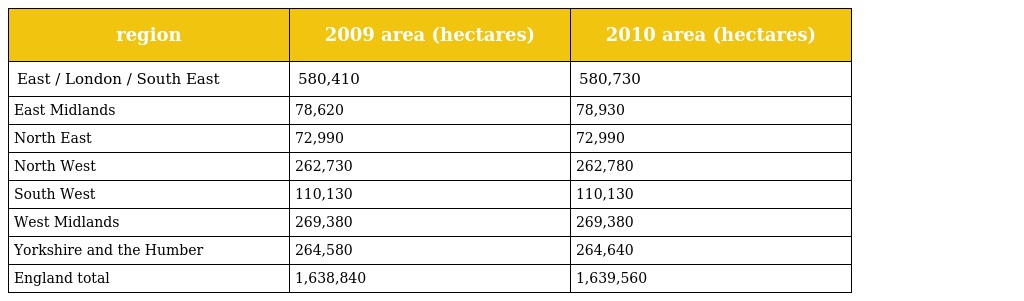
| region | 2009 area (hectares) | 2010 area (hectares) |
 | --- | --- | --- |
 | East / London / South East | 580,410 | 580,730 |
 | East Midlands | 78,620 | 78,930 |
 | North East | 72,990 | 72,990 |
 | North West | 262,730 | 262,780 |
 | South West | 110,130 | 110,130 |
 | West Midlands | 269,380 | 269,380 |
 | Yorkshire and the Humber | 264,580 | 264,640 |
 | England total | 1,638,840 | 1,639,560 |